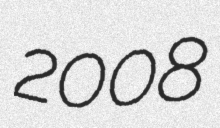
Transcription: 2008